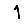
Digit: 1